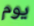
يوم